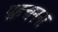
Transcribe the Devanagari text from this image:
पहचनना